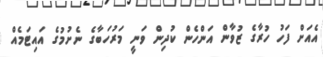
އެއަށް ފަހު ހުރާގެ ޒުވާން އަންހެން ކުދިން ވަނީ މަރުހަބާގެ ނެށުމުގެ އައިޓަމެއް